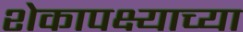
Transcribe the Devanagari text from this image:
शेकापक्ष्याच्या